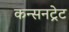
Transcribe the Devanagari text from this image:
कन्सनट्रेट